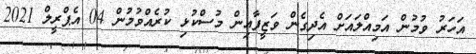
އަހަރު ވުމުން އަމިއްލައަށް އެދިގެން ވަޒީފާއިން މުސްކުޅި ކުރެއްވުމުން 04 އެޕްރީލް 2021